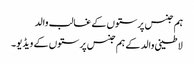
ہم جنس پرستوں کے غالب والد
لاطینی والد کے ہم جنس پرستوں کے ویڈیو۔